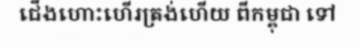
ជើងហោះហើរត្រង់ហើយ ពីកម្ពុជា ទៅ